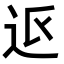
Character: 𮞅